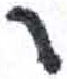
אות: ר